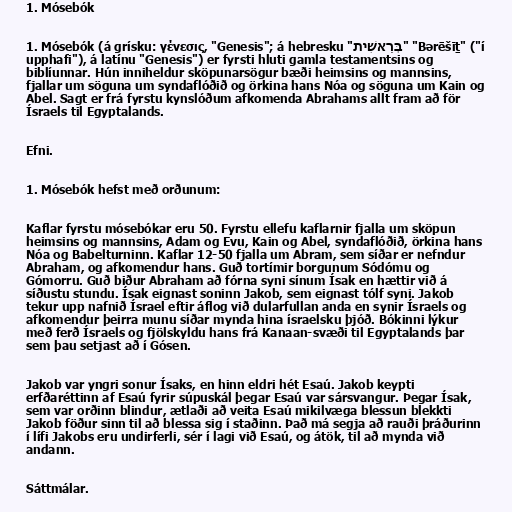
1. Mósebók

1. Mósebók (á grísku: γένεσις, "Genesis"; á hebresku "בְּרֵאשִׁית" "Bərēšīṯ" ("í
upphafi"), á latínu "Genesis") er fyrsti hluti gamla testamentsins og
biblíunnar. Hún inniheldur sköpunarsögur bæði heimsins og mannsins,
fjallar um söguna um syndaflóðið og örkina hans Nóa og söguna um Kain og
Abel. Sagt er frá fyrstu kynslóðum afkomenda Abrahams allt fram að för
Ísraels til Egyptalands.

Efni.

1. Mósebók hefst með orðunum:

Kaflar fyrstu mósebókar eru 50. Fyrstu ellefu kaflarnir fjalla um sköpun
heimsins og mannsins, Adam og Evu, Kain og Abel, syndaflóðið, örkina hans
Nóa og Babelturninn. Kaflar 12-50 fjalla um Abram, sem síðar er nefndur
Abraham, og afkomendur hans. Guð tortímir borgunum Sódómu og
Gómorru. Guð biður Abraham að fórna syni sínum Ísak en hættir við á
síðustu stundu. Ísak eignast soninn Jakob, sem eignast tólf syni. Jakob
tekur upp nafnið Ísrael eftir áflog við dularfullan anda en synir Ísraels og
afkomendur þeirra munu síðar mynda hina ísraelsku þjóð. Bókinni lýkur
með ferð Ísraels og fjölskyldu hans frá Kanaan-svæði til Egyptalands þar
sem þau setjast að í Gósen.

Jakob var yngri sonur Ísaks, en hinn eldri hét Esaú. Jakob keypti
erfðaréttinn af Esaú fyrir súpuskál þegar Esaú var sársvangur. Þegar Ísak,
sem var orðinn blindur, ætlaði að veita Esaú mikilvæga blessun blekkti
Jakob föður sinn til að blessa sig í staðinn. Það má segja að rauði þráðurinn
í lífi Jakobs eru undirferli, sér í lagi við Esaú, og átök, til að mynda við
andann.

Sáttmálar.